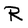
Character: R